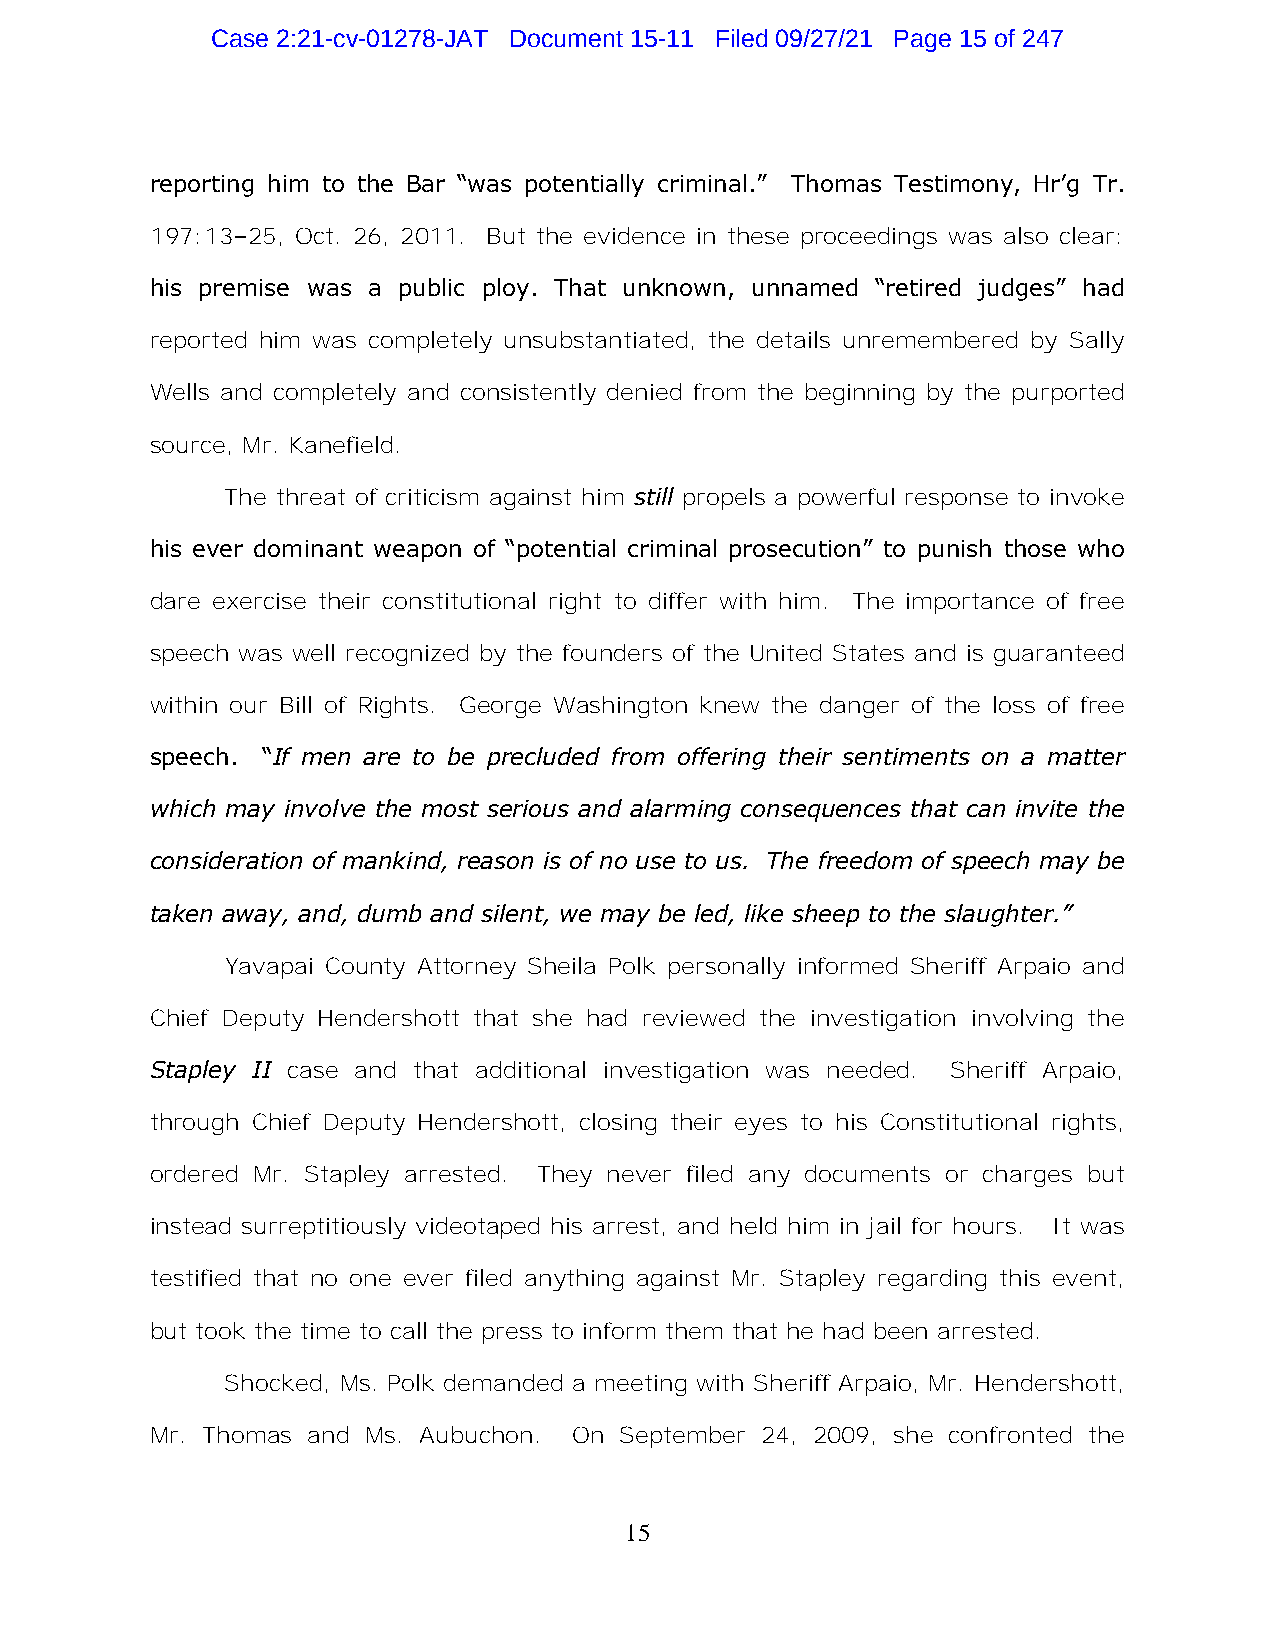
Case 2:21-cv-01278-JAT Document 15-11 Filed 09/27/21 Page 15 of 247
 reporting him to the Bar “was potentially criminal.” Thomas Testimony, Hr’g Tr.
 197:13–25, Oct. 26, 2011. But the evidence in these proceedings was also clear:
 his premise was a public ploy. That unknown, unnamed “retired judges” had
 reported him was completely unsubstantiated, the details unremembered by Sally
 Wells and completely and consistently denied from the beginning by the purported
 source, Mr. Kanefield.
 The threat of criticism against him still propels a powerful response to invoke
 his ever dominant weapon of “potential criminal prosecution” to punish those who
 dare exercise their constitutional right to differ with him. The importance of free
 speech was well recognized by the founders of the United States and is guaranteed
 within our Bill of Rights. George Washington knew the danger of the loss of free
 speech. “If men are to be precluded from offering their sentiments on a matter
 which may involve the most serious and alarming consequences that can invite the
 consideration of mankind, reason is of no use to us. The freedom of speech may be
 taken away, and, dumb and silent, we may be led, like sheep to the slaughter.”
 Yavapai County Attorney Sheila Polk personally informed Sheriff Arpaio and
 Chief Deputy Hendershott that she had reviewed the investigation involving the
 Stapley II case and that additional investigation was needed. Sheriff Arpaio,
 through Chief Deputy Hendershott, closing their eyes to his Constitutional rights,
 ordered Mr. Stapley arrested. They never filed any documents or charges but
 instead surreptitiously videotaped his arrest, and held him in jail for hours. It was
 testified that no one ever filed anything against Mr. Stapley regarding this event,
 but took the time to call the press to inform them that he had been arrested.
 Shocked, Ms. Polk demanded a meeting with Sheriff Arpaio, Mr. Hendershott,
 Mr. Thomas and Ms. Aubuchon. On September 24, 2009, she confronted the
 15